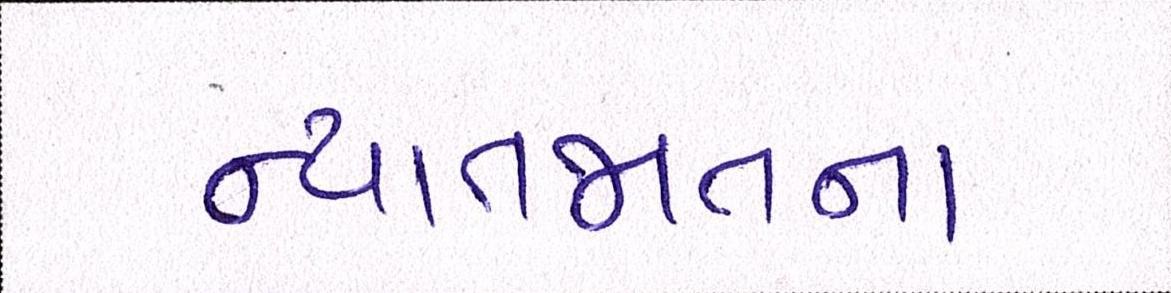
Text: ન્યાતજાતના